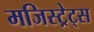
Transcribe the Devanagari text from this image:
मजिस्ट्रेट्स